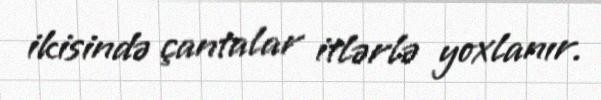
ikisində çantalar itlərlə yoxlanır.